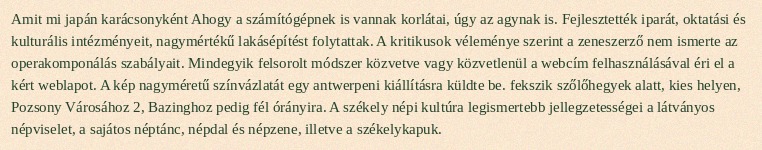
Amit mi japán karácsonyként Ahogy a számítógépnek is vannak korlátai, úgy az agynak is. Fejlesztették iparát, oktatási és kulturális intézményeit, nagymértékű lakásépítést folytattak. A kritikusok véleménye szerint a zeneszerző nem ismerte az operakomponálás szabályait. Mindegyik felsorolt módszer közvetve vagy közvetlenül a webcím felhasználásával éri el a kért weblapot. A kép nagyméretű színvázlatát egy antwerpeni kiállításra küldte be. fekszik szőlőhegyek alatt, kies helyen, Pozsony Városához 2, Bazinghoz pedig fél órányira. A székely népi kultúra legismertebb jellegzetességei a látványos népviselet, a sajátos néptánc, népdal és népzene, illetve a székelykapuk.